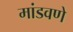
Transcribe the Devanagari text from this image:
मांडवणे